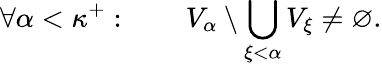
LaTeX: \forall\alpha<\kappa^{+}:\qquad V_{\alpha}\setminus\bigcup_{\xi<\alpha}V_{\xi}\neq\varnothing.